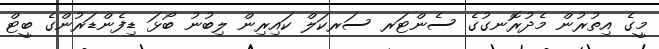
މީގެ އިތުރުން މެދުރޮނގުގެ ސެންޓަރ ސަރކަލް ކައިރިން ލިބުނު ބޯޅަ ޑިފެންޑަރުންގެ ބީޓް